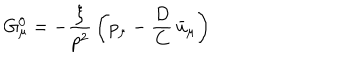
LaTeX: G _ { \mu } ^ { 0 } = - { \frac { \xi } { p ^ { 2 } } } \left( p _ { \mu } - { \frac { D } { C } } \, \bar { u } _ { \mu } \right)